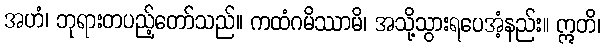
အဟံ၊ ဘုရားတပည့်တော်သည်။ ကထံဂမိဿာမိ၊ အသို့သွားရပေအံ့နည်း။ ဣတိ၊